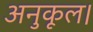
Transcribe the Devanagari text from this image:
अनुकूल।